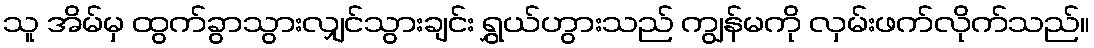
သူ အိမ်မှ ထွက်ခွာသွားလျှင်သွားချင်း ရွှယ်ဟွားသည် ကျွန်မကို လှမ်းဖက်လိုက်သည်။